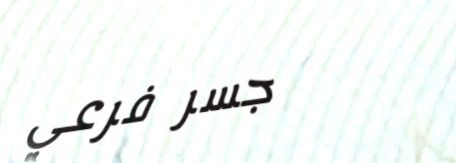
جسر فرعي